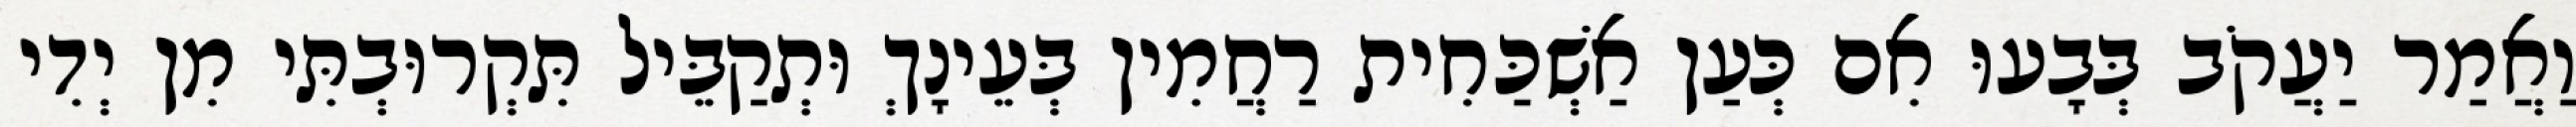
וַאֲמַר יַעֲקֹב בְּבָעוּ אִם כְּעַן אַשְׁכַּחִית רַחֲמִין בְּעֵינָךְ וּתְקַבֵּיל תִּקְרוּבְתִּי מִן יְדִי